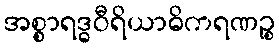
အစ္စာရဒ္ဓဝီရိယာဓိကရဏဉ္စ